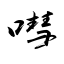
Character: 嘒